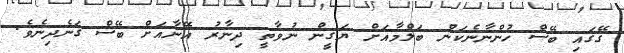
ގޭގައި ބޭސް ހުންނާނެކަން ބަލްމާއަށް ޔަގީން ނުވާތީ ދިނާރު އޭނާއަށް ބޭސް ގަނެދިނެވެ.